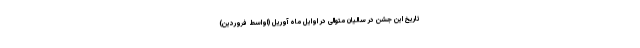
تاریخ این جشن در سالیان متوالی در اوایل ماه آوریل (اواسط فروردین)